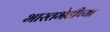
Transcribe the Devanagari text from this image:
भारतभेटीच्या